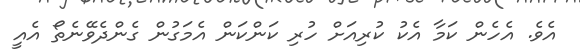
އެވެ. އެހެން ކަމާ އެކު ކުރިއަށް ހުރި ކަންކަން އެމަގުން ގެންދެވޭނެތޯ އެއީ